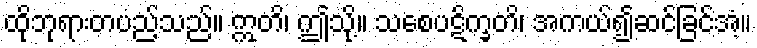
ထိုဘုရားတပည့်သည်။ ဣတိ၊ ဤသို့။ သစေပဋိက္ခတိ၊ အကယ်၍ဆင်ခြင်အံ့။